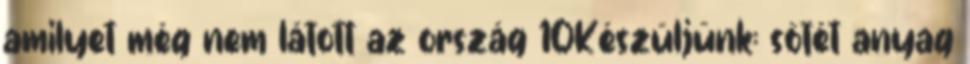
amilyet még nem látott az ország 10Készüljünk: sötét anyag